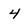
Character: 4